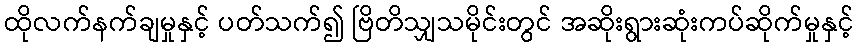
ထိုလက်နက်ချမှုနှင့် ပတ်သက်၍ ဗြိတိသျှသမိုင်းတွင် အဆိုးရွားဆုံးကပ်ဆိုက်မှုနှင့်